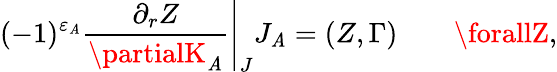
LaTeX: (-1)^{\varepsilon_{\mathit{A}}}\left.{\frac{{\partial_{r}Z}}{{\partialK_{\mathit{A}}}}}\right|_{J}J_{\mathit{A}}=(Z,\Gamma)\quad\quad\forallZ,